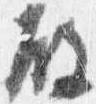
殿